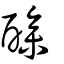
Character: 醦